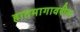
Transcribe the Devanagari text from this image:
हातमागावरील